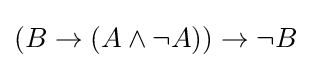
(B\to (A\land \neg A))\to \neg B